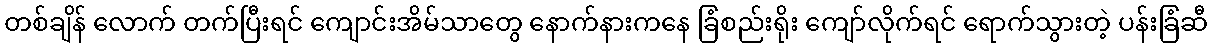
တစ်ချိန် လောက် တက်ပြီးရင် ကျောင်းအိမ်သာတွေ နောက်နားကနေ ခြံစည်းရိုး ကျော်လိုက်ရင် ရောက်သွားတဲ့ ပန်းခြံဆီ